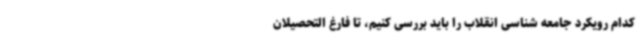
کدام رویکرد جامعه شناسی انقلاب را باید بررسی کنیم، تا فارغ التحصیلان